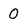
Character: O